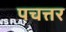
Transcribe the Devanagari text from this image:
पचत्तर